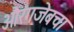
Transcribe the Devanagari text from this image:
औरंगजेबचा